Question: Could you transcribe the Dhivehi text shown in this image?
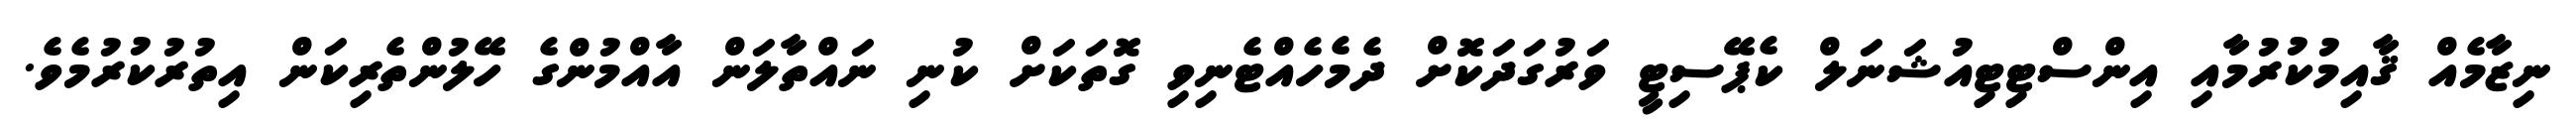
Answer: ނިޒާމެއް ޤާއިމުކުރުމާއި އިންސްޓިޓިއުޝަނަލް ކެޕޭސިޓީ ވަރުގަދަކޮށް ދެމެހެއްޓެނިވި ގޮތަކަށް ކުނި ނައްތާލަން އާއްމުންގެ ހޭލުންތެރިކަން އިތުރުކުރުމެވެ.